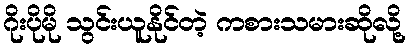
ဂိုးပိုမို သွင်းယူနိုင်တဲ့ ကစားသမားဆိုလို့